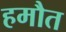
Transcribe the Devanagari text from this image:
हमौत